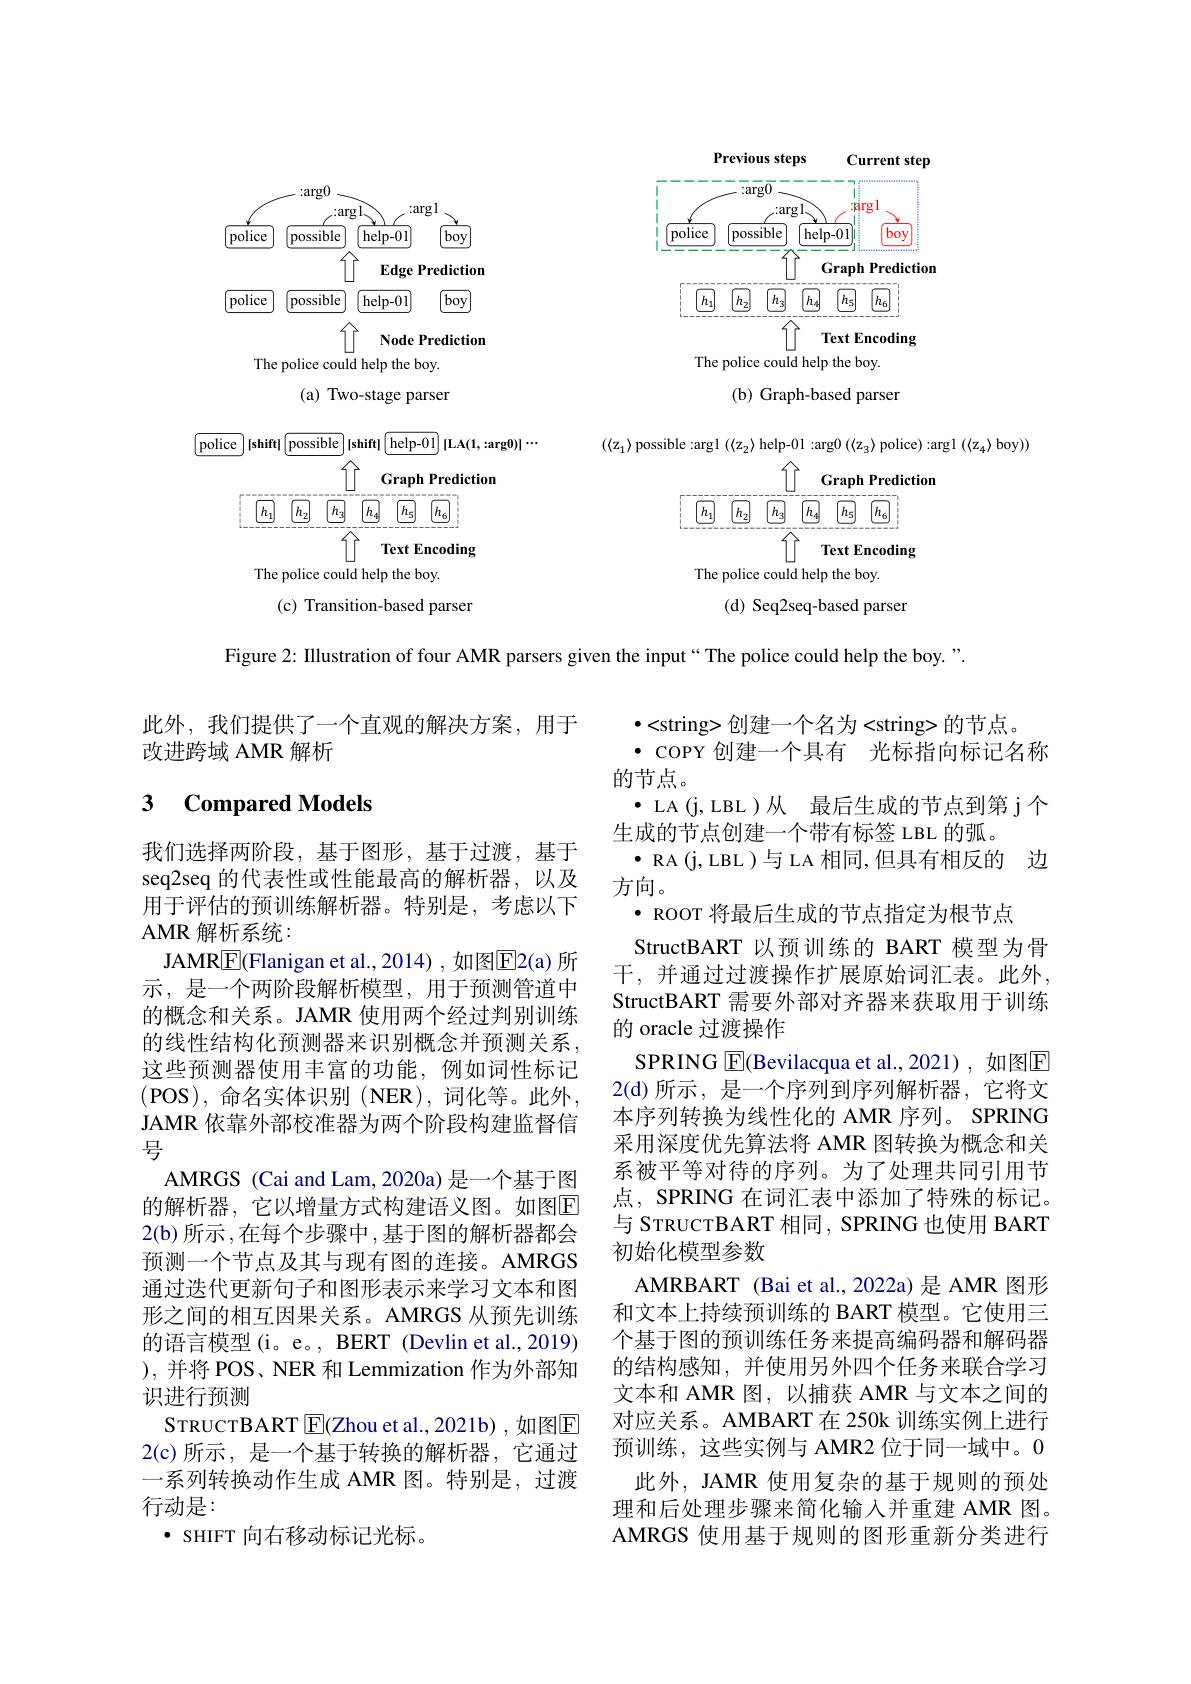
Previous
<FigureHere>

Figure 2: IIlustration of four AMR parsers given the input“The police could help the boy.".

此外，我们提供了一个直观的解决方案，用于
改进跨域 AMR 解析

### 3 $\textbf{Compared Models}$

$\bullet<$string>创建一个名为<string>的节点。
· COPY 创建一个具有 光标指向标记名称
的节点。
$\bullet$ LA(j,LBL)从 最后生成的节点到第 j个
生成的节点创建一个带有标签 LBL 的弧。
$\bullet$ RA(j,LBL)与 LA 相同，但具有相反的 边
方向。
· ROOT 将最后生成的节点指定为根节点
StructBART 以预训练的 BART 模型为骨干，并通过过渡操作扩展原始词汇表。此外， StructBART 需要外部对齐器来获取用于训练的 oracle 过渡操作
SPRING $\boxed{\mathrm{E}}$(Bevilacqua et al.,2021),如图$\boxed{\mathrm{E}}$ 2(d)所示，是一个序列到序列解析器，它将文本序列转换为线性化的 AMR 序列。SPRING 采用深度优先算法将 AMR 图转换为概念和关系被平等对待的序列。为了处理共同引用节点，SPRING 在词汇表中添加了特殊的标记。与 STRUCTBART 相同，SPRING 也使用 BART 初始化模型参数
AMRBART (Bai et al., 2022a) 是 AMR 图形和文本上持续预训练的 BART 模型。它使用三个基于图的预训练任务来提高编码器和解码器的结构感知，并使用另外四个任务来联合学习文本和 AMR 图，以捕获 AMR 与文本之间的对应关系。AMBART 在 250k 训练实例上进行预训练，这些实例与 AMR2 位于同一域中。0
此外，JAMR 使用复杂的基于规则的预处理和后处理步骤来简化输入并重建 AMR 图。AMRGS 使用基于规则的图形重新分类进行

我们选择两阶段，基于图形，基于过渡，基于seq2seq 的代表性或性能最高的解析器，以及用于评估的预训练解析器。特别是，考虑以下AMR 解析系统：
JAMRE(Flanigan et al.,2014) , 如图$\overline{\mathrm{E}}$2(a) 所示，是一个两阶段解析模型，用于预测管道中的概念和关系。JAMR 使用两个经过判别训练的线性结构化预测器来识别概念并预测关系， 这些预测器使用丰富的功能，例如词性标记(POS),命名实体识别(NER),词化等。此外， JAMR 依靠外部校准器为两个阶段构建监督信号
AMRGS (Cai and Lam, 2020a) 是一个基于图的解析器，它以增量方式构建语义图。如图E 2(b) 所示 ,在每个步骤中 ,基于图的解析器都会预测一个节点及其与现有图的连接。AMRGS 通过迭代更新句子和图形表示来学习文本和图形之间的相互因果关系。AMRGS 从预先训练的语言模型(i。e。, BERT (Devlin et al., 2019) ),并将 POS、NER 和 Lemmization 作为外部知识进行预测
STRUCTBART $\boxed{\mathrm{E}}$(Zhou et al.,2021b),如图E 2(c)所示，是一个基于转换的解析器，它通过一系列转换动作生成 AMR 图。特别是，过渡行动是：
· SHIFT 向右移动标记光标。